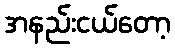
အနည်းငယ်တော့